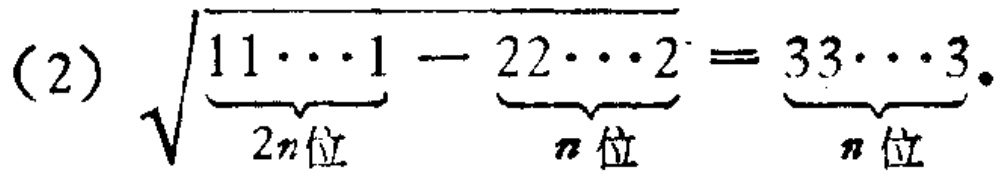
(2) $\sqrt{\underbrace{11\cdots1}_{2n位}-\underbrace{22\cdots2}_{n位}}=\underbrace{33\cdots3}_{n位}$